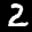
Label: 2